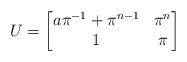
LaTeX: \begin{align*} U=\begin{bmatrix} a\pi^{-1} + \pi^{n-1} & \pi^n \\ 1 & \pi \end{bmatrix} \end{align*}